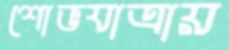
শোভযাত্রায়